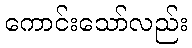
ကောင်းသော်လည်း